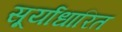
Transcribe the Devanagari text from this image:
सूर्याधारित